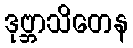
ဒုဗ္ဘာသိတေန